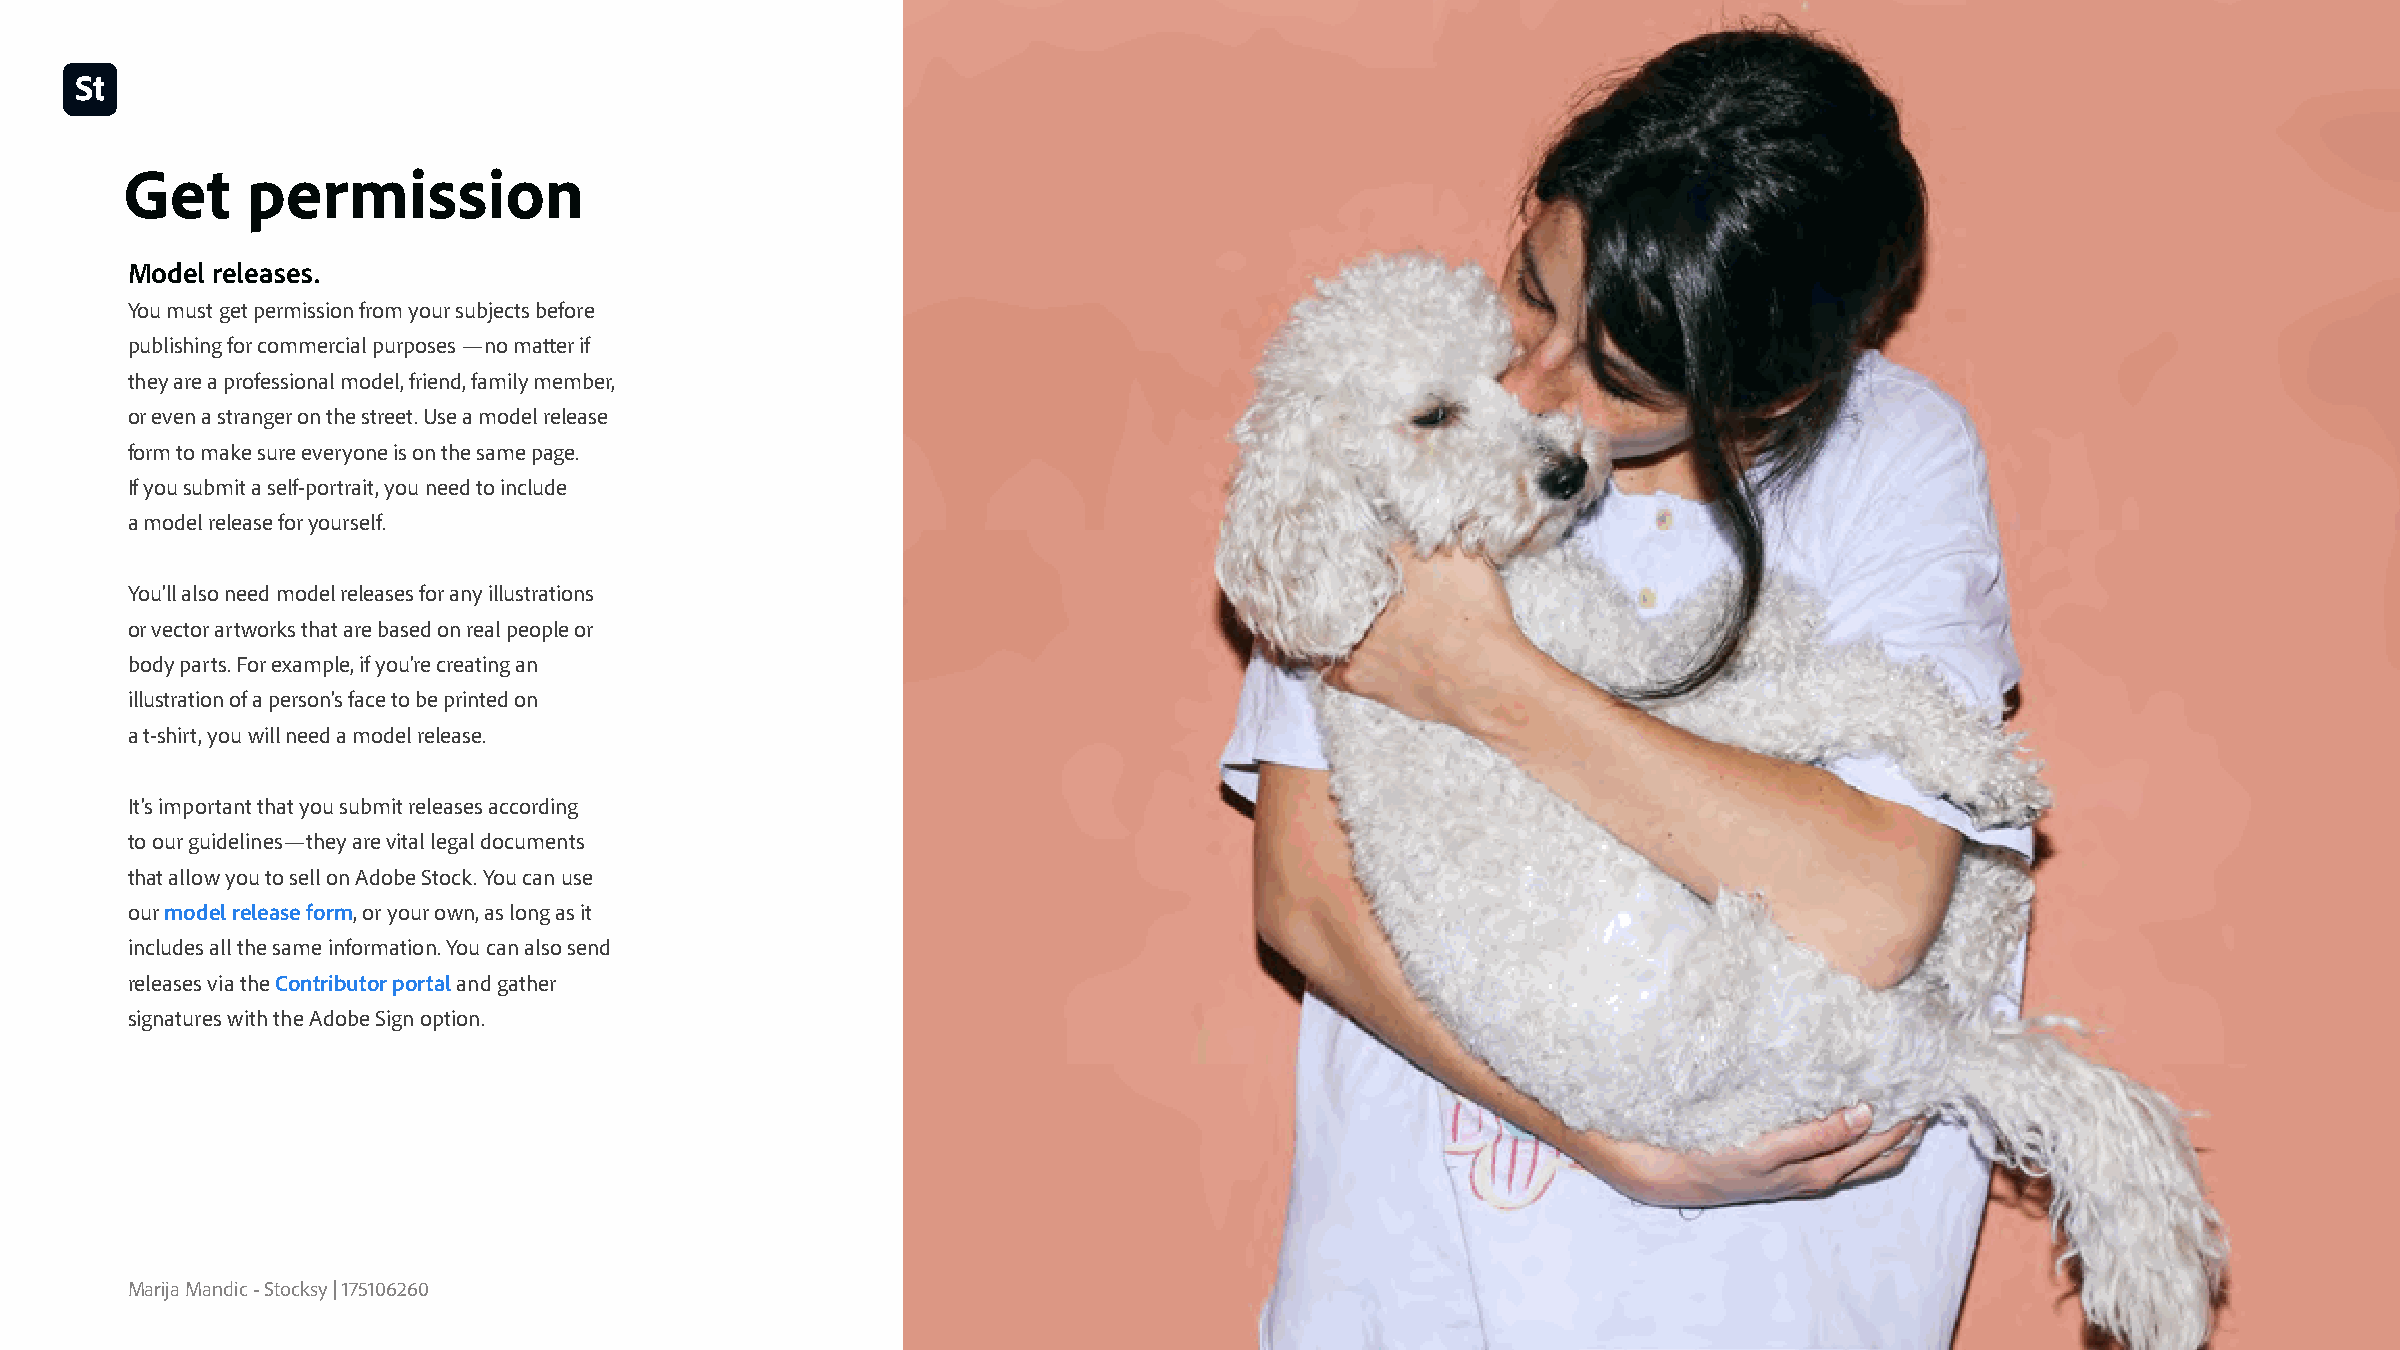
Get     permission
 Model releases
 You must get permission from your subjects before
 publishing for commercial purposes —no matter if
 they are a professional model, friend, family member,
 or even a stranger on the street. Use a model release
 form to make sure everyone is on the same page.
 If you submit a self-portrait, you need to include
 a model release for yourself.
 You’ll also need model releases for any illustrations
 or vector artworks that are based on real people or
 body parts. For example, if you’re creating an
 illustration of a person’s face to be printed on
 a t-shirt, you will need a model release.
 It’s important that you submit releases according
 to our guidelines—they are vital legal documents
 that allow you to sell on Adobe Stock. You can use
 our model release form, or your own, as long as it
 includes all the same information. You can also send
 releases via the Contributor portal and gather
 signatures with the Adobe Sign option.
 Marija Mandic - Stocksy | 175106260